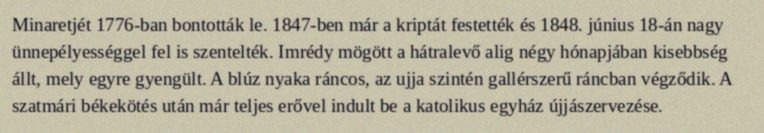
Minaretjét 1776-ban bontották le. 1847-ben már a kriptát festették és 1848. június 18-án nagy ünnepélyességgel fel is szentelték. Imrédy mögött a hátralevő alig négy hónapjában kisebbség állt, mely egyre gyengült. A blúz nyaka ráncos, az ujja szintén gallérszerű ráncban végződik. A szatmári békekötés után már teljes erővel indult be a katolikus egyház újjászervezése.